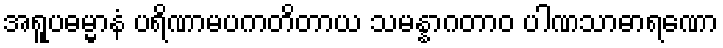
အရူပဓမ္မာနံ ပရိဏာမပကတိတာယ သမန္နာဂတာဝ ပါဏသာဓာရဏော